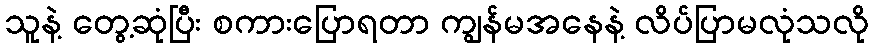
သူနဲ့ တွေ့ဆုံပြီး စကားပြောရတာ ကျွန်မအနေနဲ့ လိပ်ပြာမလုံသလို